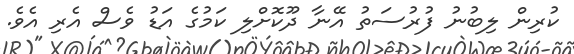
ކުރިން ލިބުނު ފުރުސަތު އޭނާ ދޫކޮށްލި ކަމުގެ އަޑު ވެސް އެރި އެވެ.